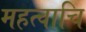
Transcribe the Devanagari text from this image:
महत्वाचि